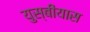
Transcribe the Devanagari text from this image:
युस्बीयास